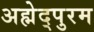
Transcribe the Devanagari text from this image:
अह्मेद्पुरम